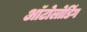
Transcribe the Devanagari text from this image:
ऑटोलोडिंग